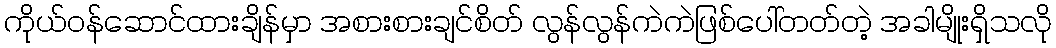
ကိုယ်ဝန်ဆောင်ထားချိန်မှာ အစားစားချင်စိတ် လွန်လွန်ကဲကဲဖြစ်ပေါ်တတ်တဲ့ အခါမျိုးရှိသလို